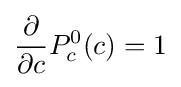
{\frac {\partial }{\partial {c}}}P_{c}^{0}(c)=1